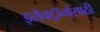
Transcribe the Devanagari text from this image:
इलेक्ट्रॉनांसाठी